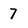
Character: 7